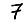
Digit: 7